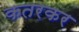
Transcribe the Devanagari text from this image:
कतरकर